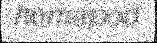
hemapod